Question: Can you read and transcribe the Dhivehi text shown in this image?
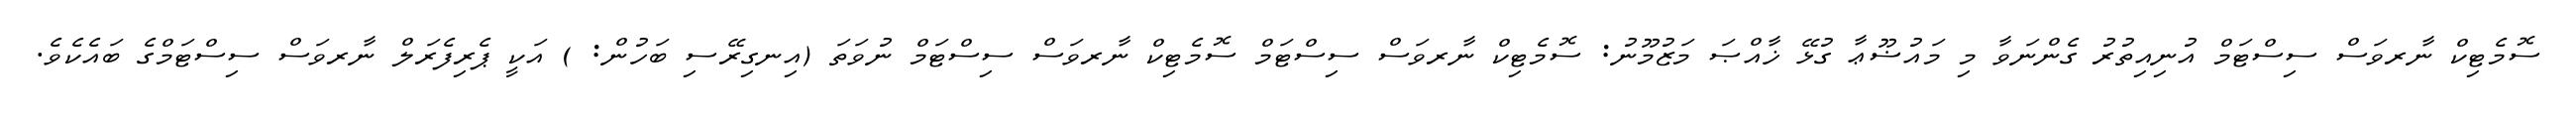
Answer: ސޮމެޓިކް ނާރވަސް ސިސްޓަމް އުނިއިތުރު ގެންނަވާ މި މައުޟޫޢާ ގުޅޭ ޚާއްޞަ މަޒުމޫނު: ސޮމެޓިކް ނާރވަސް ސިސްޓަމް ސޮމެޓިކް ނާރވަސް ސިސްޓަމް ނުވަތަ (އިނގިރޭސި ބަހުން: ) އަކީ ޕެރިފެރަލް ނާރވަސް ސިސްޓަމްގެ ބައެކެވެ.